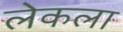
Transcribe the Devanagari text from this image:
लेकला